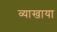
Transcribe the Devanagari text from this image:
व्याखाया